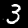
Label: 3